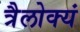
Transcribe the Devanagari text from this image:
त्रैलोक्यं